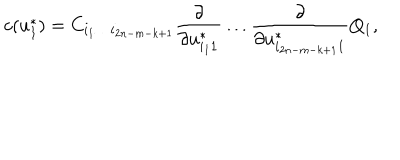
c ( u _ { 1 } ^ { * } ) = C _ { i _ { 1 } \ldots i _ { 2 n - m - k + 1 } } { \frac { \partial } { \partial u _ { i _ { 1 } 1 } ^ { * } } } \ldots { \frac { \partial } { \partial u _ { i _ { 2 n - m - k + 1 } 1 } ^ { * } } } Q _ { 1 } ,